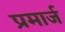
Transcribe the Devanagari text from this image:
प्रमार्ज